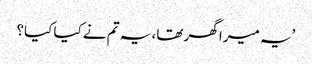
’یہ میرا گھر تھا، یہ تم نے کیا کیا؟